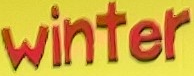
winter